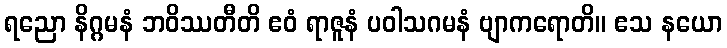
ရညော နိဂ္ဂမနံ ဘဝိဿတီတိ ဧဝံ ရာဇူနံ ပဝါသဂမနံ ဗျာကရောတိ။ ဧသ နယော